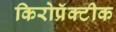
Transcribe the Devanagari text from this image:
किरोप्रॅक्टीक